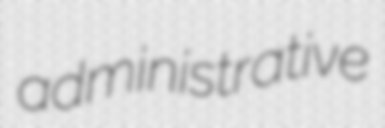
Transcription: administrative